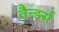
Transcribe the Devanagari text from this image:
वैन्डर्स